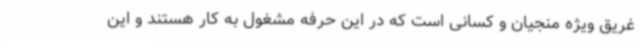
غریق ویژه منجیان و کسانی است که در این حرفه مشغول به کار هستند و این